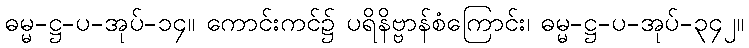
ဓမ္မ-ဋ္ဌ-ပ-အုပ်-၁၄။ ကောင်းကင်၌ ပရိနိဗ္ဗာန်စံကြောင်း၊ ဓမ္မ-ဋ္ဌ-ပ-အုပ်-၃၄၂။